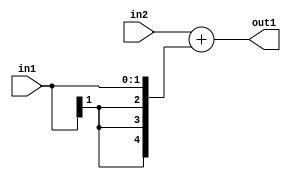
`timescale 1ps / 1ps
/*****************************************************************************
    Verilog RTL Description
    
    
    Created by: Stratus DpOpt 2019.1.01 
*******************************************************************************/

module dut_Add_3Ux2S_5S_1 (
	in2,
	in1,
	out1
	); /* architecture "behavioural" */ 
input [2:0] in2;
input [1:0] in1;
output [4:0] out1;
wire [4:0] asc001;

assign asc001 = 
	+(in2)
	+({{3{in1[1]}}, in1});

assign out1 = asc001;
endmodule

/* CADENCE  ubD4Sgg= : u9/ySgnWtBlWxVPRXgAZ4Og= ** DO NOT EDIT THIS LINE ******/